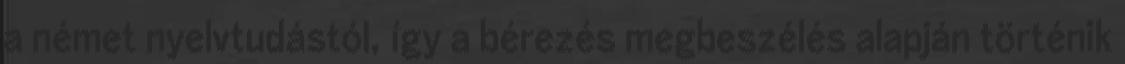
a német nyelvtudástól, így a bérezés megbeszélés alapján történik